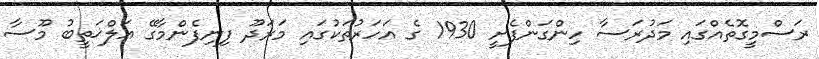
ރަސްމީގޮތެއްގައި މަދުރަސާ ހިންގަންފެށީ 1930 ގެ އަހަރުތަކުގައި މަރަދޫ ފިނިފެންމާގޭ އަލްޚަތީބު މޫސާ